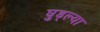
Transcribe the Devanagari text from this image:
घुड्ल्या